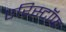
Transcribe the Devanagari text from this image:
एरिस्टॉफ